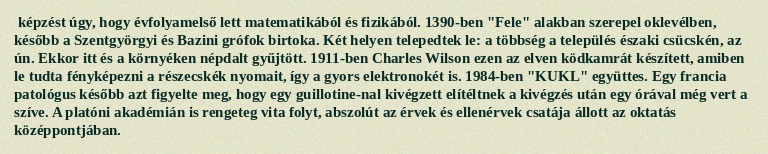
képzést úgy, hogy évfolyamelső lett matematikából és fizikából. 1390-ben "Fele" alakban szerepel oklevélben, később a Szentgyörgyi és Bazini grófok birtoka. Két helyen telepedtek le: a többség a település északi csücskén, az ún. Ekkor itt és a környéken népdalt gyűjtött. 1911-ben Charles Wilson ezen az elven ködkamrát készített, amiben le tudta fényképezni a részecskék nyomait, így a gyors elektronokét is. 1984-ben "KUKL" együttes. Egy francia patológus később azt figyelte meg, hogy egy guillotine-nal kivégzett elítéltnek a kivégzés után egy órával még vert a szíve. A platóni akadémián is rengeteg vita folyt, abszolút az érvek és ellenérvek csatája állott az oktatás középpontjában.